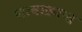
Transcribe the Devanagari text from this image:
भावाक्रान्त